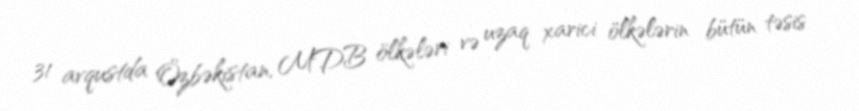
31 avqustda Özbəkistan, MDB ölkələri və uzaq xarici ölkələrin bütün təsis